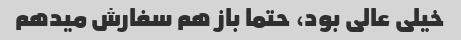
خیلی عالی بود، حتما باز هم سفارش میدهم